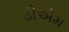
ડીએમ